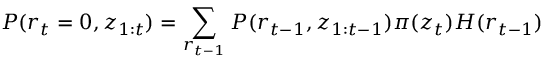
P ( r _ { t } = 0 , \boldsymbol { z } _ { 1 : t } ) = \sum _ { r _ { t - 1 } } P ( r _ { t - 1 } , \boldsymbol { z } _ { 1 : t - 1 } ) \pi ( \boldsymbol { z } _ { t } ) H ( r _ { t - 1 } )